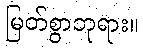
မြတ်စွာဘုရား။